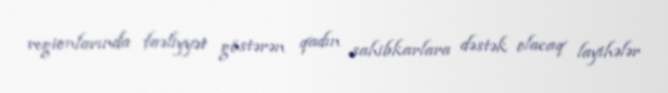
regionlarında faəliyyət göstərən qadın sahibkarlara dəstək olacaq layihələr